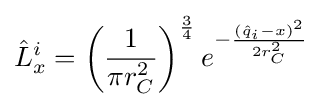
{\hat {L}}_{x}^{i}=\left({\frac {1}{\pi r_{C}^{2}}}\right)^{\frac {3}{4}}e^{-{\frac {({\hat {q}}_{i}-x)^{2}}{2r_{C}^{2}}}}